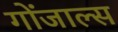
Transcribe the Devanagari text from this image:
गोंजाल्स